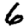
Digit: 6